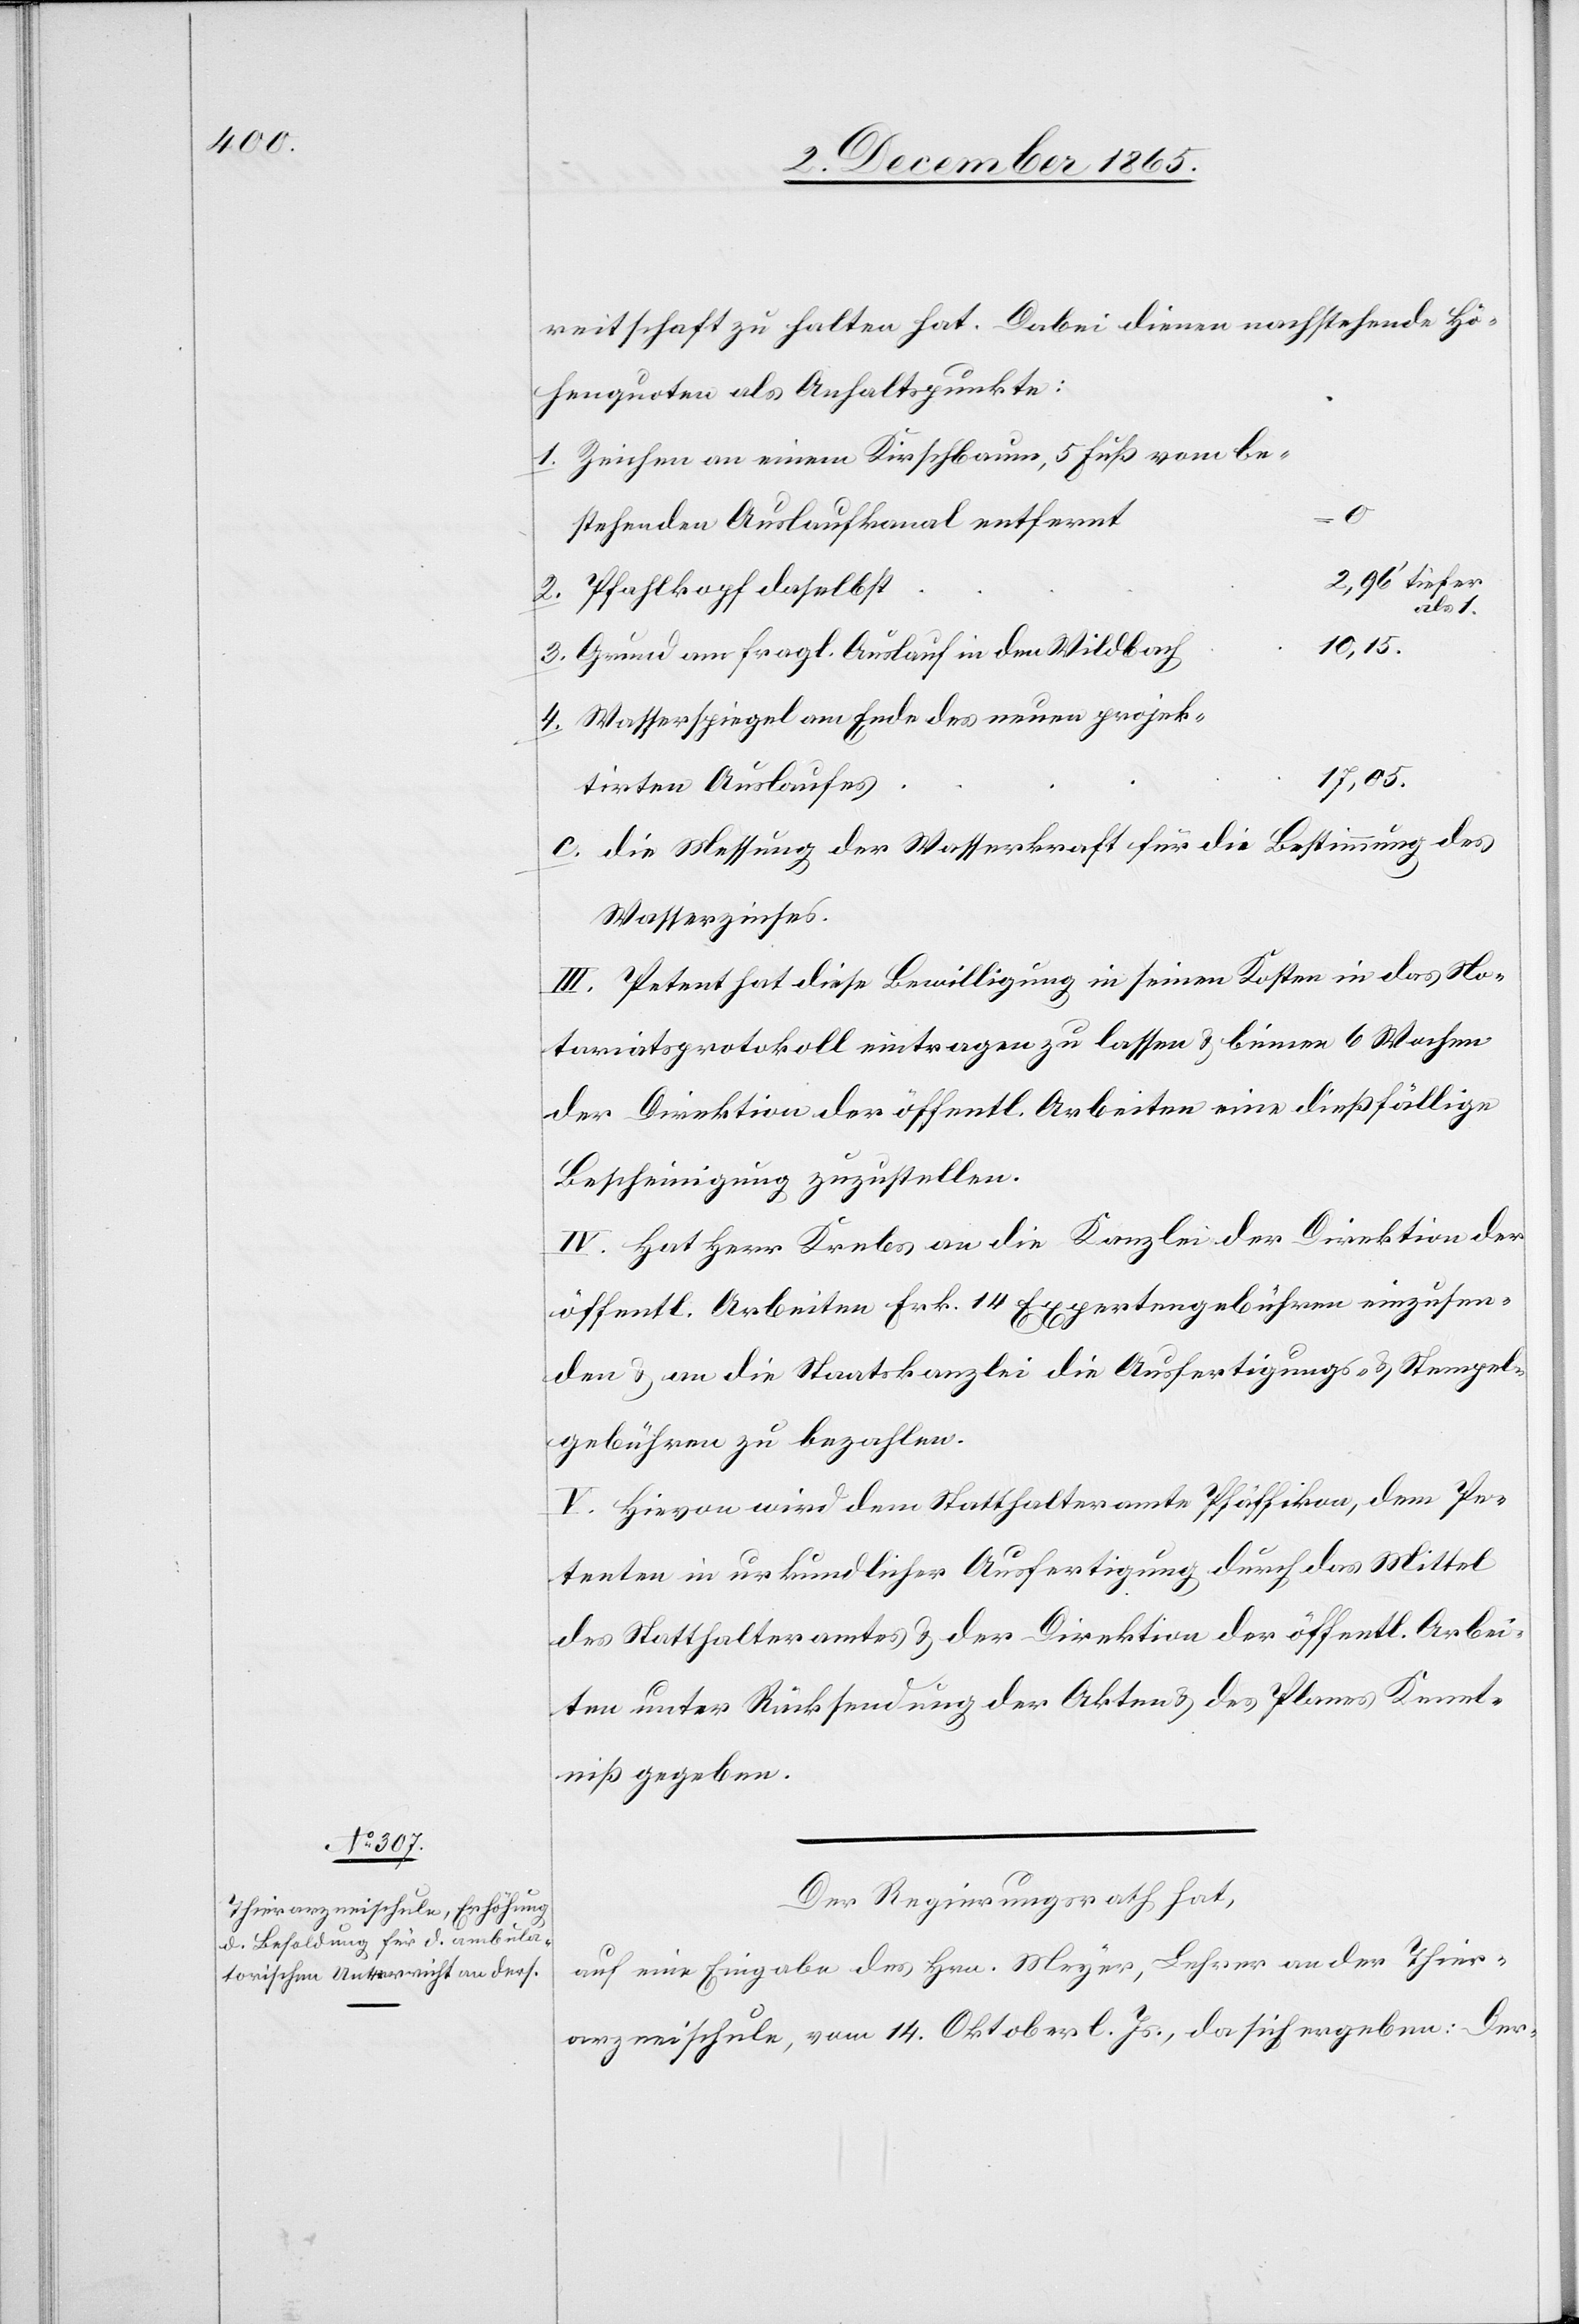
reitschaft zu halten hat. Dabei dienen nachstehende Hö¬
henquoten als Anhaltspunkte:
1. Zeichen an einem Kirschbaum, 5 Fuß vom be¬
stehenden Auslaufkanal entfernt
2,96’ tiefer
2. Pfahlkopf daselbst
als 1.
10,15.
3. Grund am fragl. Auslauf in den Wildbach
4. Wasserspiegel am Ende des neuen projek¬
17,05.
tirten Auslaufes
c. die Messung der Wasserkraft für die Bestimmung des
Wasserzinses.
III. Petent hat diese Bewilligung in seinen Kosten in das No¬
tariatsprotokoll eintragen zu lassen & binnen 6 Wochen
der Direktion der öffentl. Arbeiten eine dießfällige
Bescheinigung zuzustellen.
IV. Hat Herr Krebs an die Kanzlei der Direktion der
öffentl. Arbeiten Frk. 14 Expertengebühren einzusen¬
den & an die Staatskanzlei die Ausfertigungs- & Stempel¬
gebühren zu bezahlen.
V. Hievon wird dem Statthalteramte Pfäffikon, dem Pe¬
tenten in urkundlicher Ausfertigung durch das Mittel
des Statthalteramtes & der Direktion der öffentl. Arbei¬
ten unter Rücksendung der Akten & des Planes Kennt¬
niß gegeben.
Der Regierungsrath hat,
auf eine Eingabe des Hrn. Meyer, Lehrer an der Thier¬
arzneischule, vom 14. Oktober l. Js., da sich ergeben: Der-